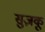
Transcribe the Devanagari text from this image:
सुज़कू